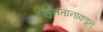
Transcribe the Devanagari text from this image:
सुलतानाकडून